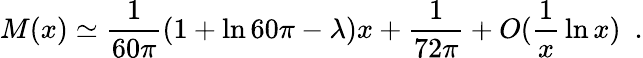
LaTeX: M(x)\simeq{\frac{1}{60\pi}}(1+\ln 60\pi-\lambda)x+{\frac{1}{72\pi}}+O({\frac{1}{x}}\ln x)~~.